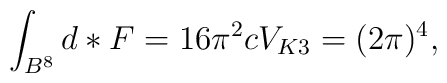
\int_{B^{8}} d \ast F = 16 \pi^2 c V_{K3} = (2 \pi)^4,